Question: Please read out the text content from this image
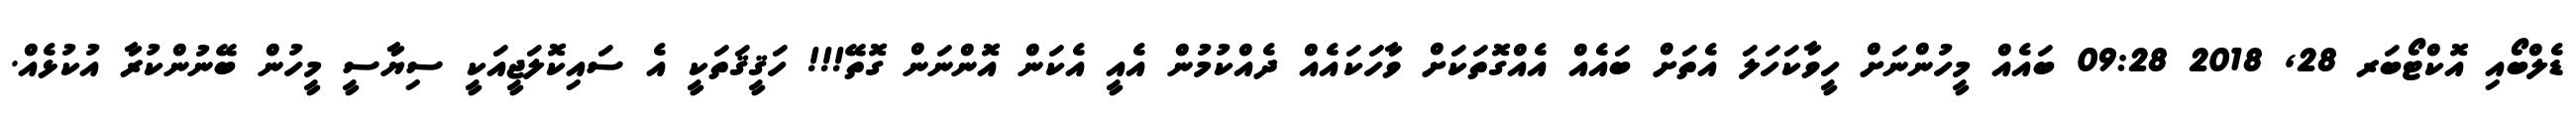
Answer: ޑެލްބޯއި އޮކްޓޯބަރ 28, 2018 09:28 ބައެއް މީހުންނަށް ހީވާކަހަލަ އެތަށް ބައެއް އެއްގޮތަކަށް ވާހަކައެއް ދެއްކުމުން އެއީ އެކަން އޮންނަން ގޮތޭ!!! ހަޤީޤަތަކީ އެ ސައިކޮލަޖީއަކީ ސިޔާސީ މީހުން ބޭނުންކުރާ އުކުޅެއް.